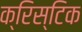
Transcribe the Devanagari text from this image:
क्रिस्टिक